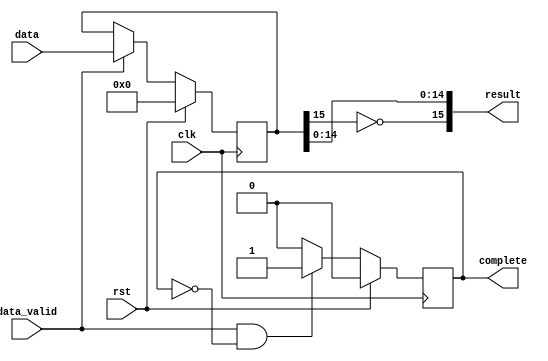
`timescale 1ps/1ps

module invertion(data,data_valid,rst,clk,result,complete);

input wire [15:0]data;
input wire data_valid;
input wire rst;
input wire clk;

output wire [15:0]result;
output reg complete;

reg [15:0]data_temp;

always @(posedge clk)
begin
    if(rst)
    begin
        data_temp <= 'd0;

    end
    else 
    begin
        if(data_valid)
        begin
            data_temp <= data;
        end
    end
end

always @(posedge clk)
begin
    if(rst)
    begin
        complete <= 'd0;
    end
    else
    begin
        if(data_valid&&!complete)
        begin
            complete <= 1'b1;
        end
        else
        begin
            complete <= 1'd0;
        end
    end
end

assign result[15]=~data_temp[15];
assign result[14:0] = data_temp[14:0];

endmodule